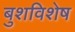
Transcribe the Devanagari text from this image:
बुशविशेष